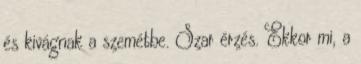
és kivágnak a szemétbe. Szar érzés. Ekkor mi, a